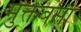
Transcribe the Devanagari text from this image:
मुक्तबर्सी